Civil Veterinary Dept. Assam report 1927-50 - 1927-1950
Year: 1927
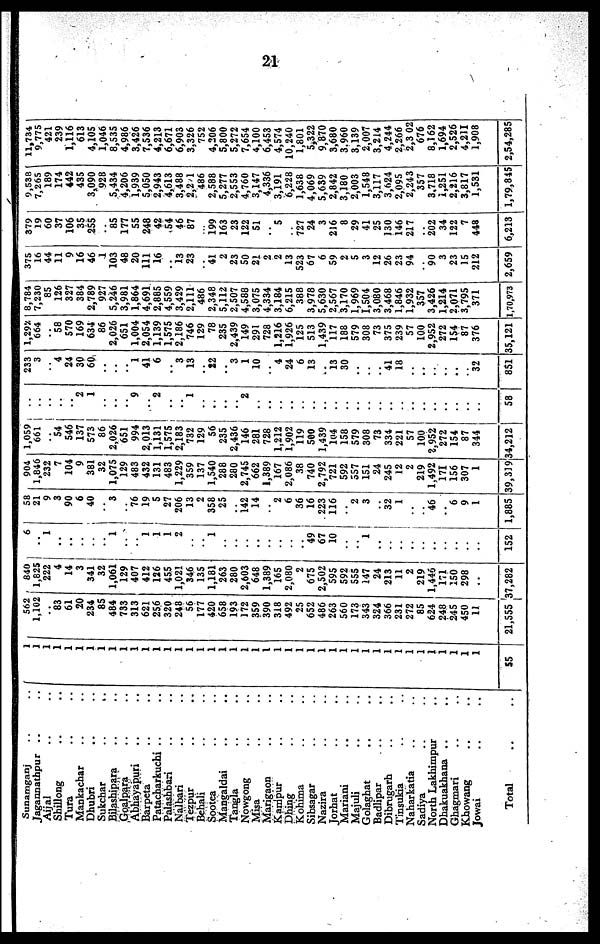
21
Sunamganj ..
Jagannathpur ..
Aijal ..
Shillong ..
Tura ....
Mankachar ..
Dhubri ..
Sukchar ..
Bilasbipara ..
Goalpara ..
Abhayapuri ..
Barpeta ..
Patacharkuchi ..
Palashbari ..
Nalbari ..
Tezpur ..
Behali ..
Sootea ..
Mangaldai ..
Tangla ..
Nowgong ..
Misa ..
Marigaon ..
Kampur ..
Dhing ..
Kohima ..
Sibsagar ..
Nazira ..
Jorhat ..
Mariani ..
Majuli ..
Golaghat ..
Badlipar ..
Dibrugarh ..
Tinsukia ..
Naharkatia ..
Sadiya ..
North Lakhimpur ..
Dhakuakhana ..
Ghagmari ..
Khowang ..
Jowai ..
Total ..
..
..
..
....
..
....
..
....
..
..
....
....
..
..
..
....
..
..
....
..
..
..
..
..
..
..
..
..
..
..
..
..
..
..
..
..
..
..
..
..
..
....
..
1
1
1
1
1
1
1
1
1
1
1
1
1
1
1
1
1
1
1
1
1
1
1
1
1
1
1
1
1
1
1
1
1
1
1
1
1
1
1
1
1
1
55
562
1,102
..
83
61
20
234
85
484
733
313
621
256
320
248
56
17?
420
658
193
172
359
390
318
492
25
652
486
263
560
173
343
324
366
231
272
85
624
248
245
450
11
21,555
840
1,825
222
4
14
3
341
32
1,061
129
407
412
126
455
1,021
346
135
1,181
263
280
2,603
648
1,389
165
2,080
2
675
2,502
595
592
555
147
24
213
11
2
219
1,446
171
150
298
..
37,282
6
....
1
....
....
....
..
....
1
..
..
1
1
1
2
..
..
1
....
....
....
..
..
..
..
..
49
67
10
..
..
1
..
..
..
..
..
..
..
..
..
..
152
58
21
9
3
90
6
40
..
3
..
76
19
5
27
206
13
2
358
25
..
142
14
..
2
6
36
16
223
116
..
2
3
..
32
1
..
..
46
..
6
9
1
1,885
904
1,846
232
7
104
9
381
32
1,075
129
483
432
131
483
1,229
359
137
1,540
288
280
2,745
662
1,389
167
2,086
38
740
2,792
721
592
557
151
24
245
12
2
219
1,492
171
156
307
1
39,319
1,059
661
..
54
546
137
573
86
2,026
651
994
2,013
1,131
1,575
2,183
732
129
56
235
2,436
146
281
728
1,212
1,902
119
500
1,439
104
158
579
308
73
334
221
57
100
2,952
272
154
87
344
34,212
..
..
....
..
..
2
1
..
..
..
9
..
2
..
..
1
..
..
..
...
2
..
..
..
..
..
..
..
..
..
..
..
..
..
..
..
..
..
..
..
..
..
58
233
3
..
4
24
30
60
..
..
..
1
41
6
..
3
13
..
22
..
3
1
10
..
4
24
6
13
..
13
30
..
..
..
41
18
..
..
..
..
..
..
32
851
1,292
664
..
58
570
169
634
86
2,026
651
1,004
2,054
1,139
1,575
2,186
746
129
78
235
2,439
149
291
728
1,216
1,926
125
513
1,439
117
188
579
308
73
375
239
57
100
2,952
272
154
87
376
35,121
8,784
7,230
85
126
327
384
2,789
927
5,246
3,981
1,864
4,691
2,885
4,559
3,429
2,111
486
2,348
5,112
2,507
4,588
3,075
4,334
3,184
6,215
388
3,978
5,630
2,567
3,170
1,969
1,504
3,080
3,468
1,846
1,932
357
3,426
1,214
2,071
3,795
371
1,70,973
375
16
44
11
9
16
46
1
103
48
20
111
16
..
13 23
..
41
2
23
50
21
2
2
13
523
67
6
59
2
5
3
12
26
23
94
..
90
3
23
15
212
2,659
379
19
60
37
106
35
255
..
85
177
55
248
42
54
46
87
...
199
163
23
122
51
..
5
..
727
24
3
216
8
29
41
25
130
146
217
..
202
34
122
7
448
6,213
9,538
7,265
189
174
442
435
3,090
928
5,434
4,206
1,939
5,050
2,943
4,613
3,488
2,2 1
486
2,588
5,277
2,553
4,760
3,147
4,336
3,191
6,228
1,638
4,069
5,639
2,842
3,180
2,003
1,548
3,117
3,624
2,095
2,243
357
3,718
1,251
2,216
3,817
1,531
1,79,845
11,734
9,775
421
239
1,116
613
4,105
1,046
8,535
4,986
3,426
7,536
4,213
6,671
6,903
3,326
752
4,206
5,800
5,272
7,654
4,100
6,453
4,574
10,240
1,801
5,322
9,870
3,680
3.960
3,139
2,007
3,214
4,244
2,266
2,3 02
676
8,162
1,694
2,526
4,211
1,908
2,54,285